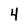
Character: 4